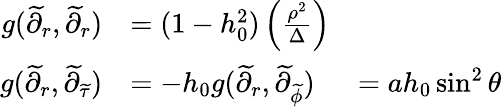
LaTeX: \begin{array}{rlr}{g(\widetilde{\partial}_{r},\widetilde{\partial}_{r})}&{=(1-h_{0}^{2})\left(\frac{\rho^{2}}{\Delta}\right)}\\ {g(\widetilde{\partial}_{r},\widetilde{\partial}_{{\widetilde{\tau}}})}&{=-h_{0}g(\widetilde{\partial}_{r},\widetilde{\partial}_{\widetilde{\phi}})}&{=ah_{0}\sin^{2}\theta}\end{array}